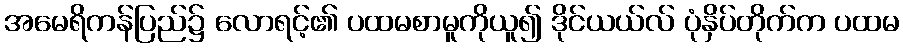
အမေရိကန်ပြည်၌ လောရင့်၏ ပထမစာမူကိုယူ၍ ဒိုင်ယယ်လ် ပုံနှိပ်တိုက်က ပထမ